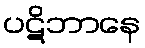
ပဋိဘာနေ